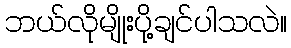
ဘယ်လိုမျိုးပို့ချင်ပါသလဲ။